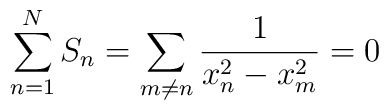
\sum_{n=1}^N S_n=\sum_{m\ne n} \frac{1}{x_n^2-x_m^2}=0